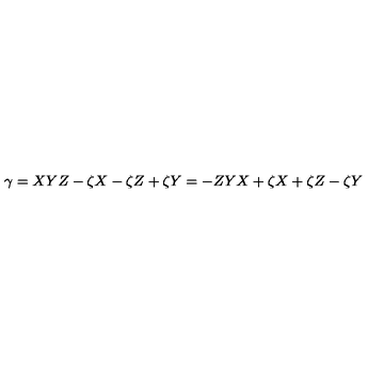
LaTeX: \gamma = X Y Z - \zeta X - \zeta Z + \zeta Y = - Z Y X + \zeta X + \zeta Z - \zeta Y